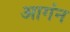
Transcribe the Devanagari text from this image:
आगंन